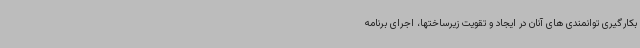
بکارگیری توانمندی های آنان در ایجاد و تقویت زیرساختها، اجرای برنامه